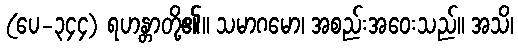
(ပေ-၃၄၄) ရဟန္တာတို့၏။ သမာဂမော၊ အစည်းအဝေးသည်။ အသိ၊